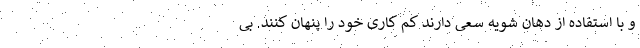
و با استفاده از دهان شویه سعی دارند کم کاری خود را پنهان کنند. بی